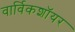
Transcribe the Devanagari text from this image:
वार्विकशॉयर